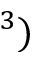
^ 3 )